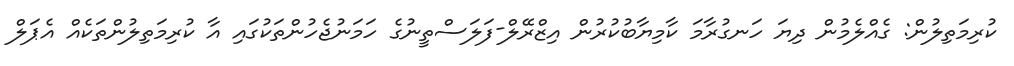
ކުރިމަތިލުން: ގެއްލެމުން ދިޔަ ހަނގުރާމަ ކާމިޔާބުކުރުން އިޒްރޭލް-ފަލަސްތީނުގެ ހަމަނުޖެހުންތަކުގައި އާ ކުރިމަތިލުންތަކެއް އެޕަލް